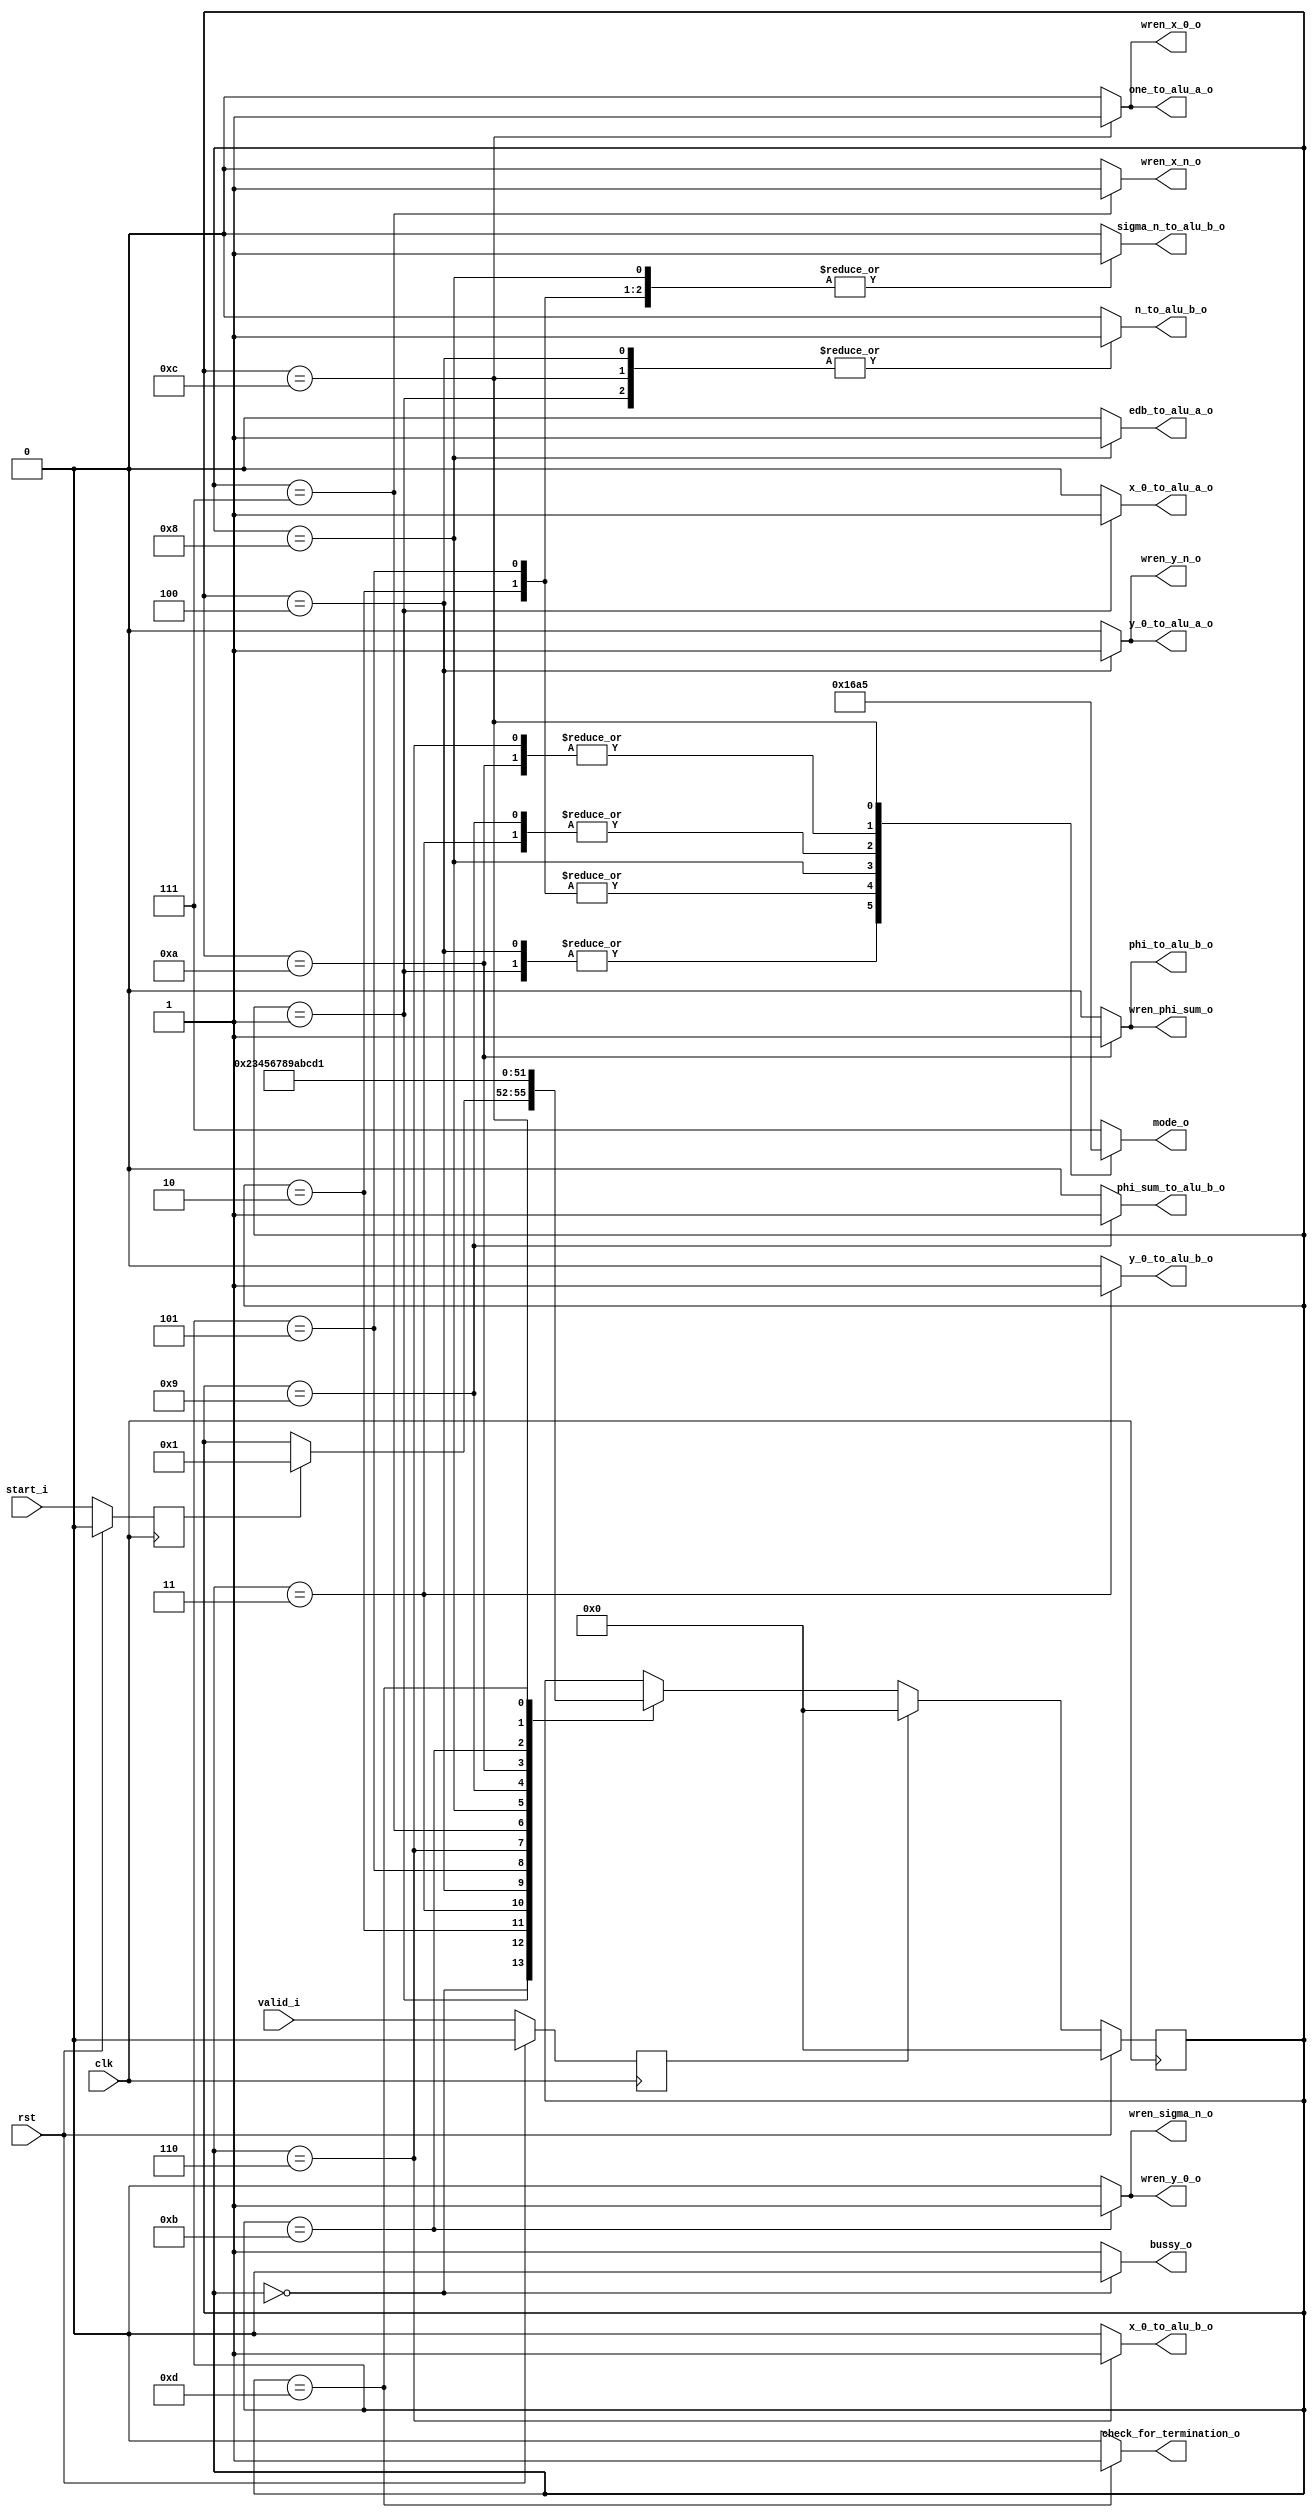
module cordic_controller(
	clk,
	rst,
	start_i,
	valid_i,
	
	bussy_o,
	mode_o,
	check_for_termination_o,
	//// write Back flags
	wren_y_n_o,
	wren_x_n_o,
	wren_phi_sum_o,
	wren_sigma_n_o,
	wren_x_0_o,
	wren_y_0_o,
	
	// Register transfer
	x_0_to_alu_a_o,
	x_0_to_alu_b_o,
	n_to_alu_b_o,
	sigma_n_to_alu_b_o,
	y_0_to_alu_a_o,
	y_0_to_alu_b_o,
	edb_to_alu_a_o,
	phi_sum_to_alu_b_o,
	phi_to_alu_b_o,
	one_to_alu_a_o
);

localparam SHIFT_A_WITH_B 		= 3'd0;
localparam SIGN_MULT_C_WITH_B 	= 3'd1;
localparam ADD_B_WITH_C 		= 3'd2;
localparam SIGN_MULT_A_WITH_B	= 3'd3;
localparam SUB_B_WITH_C 	 	= 3'd4;
localparam ADD_A_WITH_B 		= 3'd5;
localparam ALU_IDLE 			= 3'd7;

localparam IDLE 				= 4'd0;	
localparam SHIFT1 				= 4'd1;
localparam SIGN1 				= 4'd2;
localparam ADD1 				= 4'd3;
localparam SHIFT2 				= 4'd4;
localparam SIGN2 				= 4'd5;
localparam SUB1 				= 4'd6;
localparam LUT 					= 4'd7;
localparam SIGN3 				= 4'd8;
localparam ADD2 				= 4'd9;
localparam SUB2 				= 4'd10;
localparam SIGN4 				= 4'd11;
localparam ADD3 				= 4'd12;
localparam ENDIT 				= 4'd13;



input 					clk, rst;
input 					start_i, valid_i;
output 	reg				bussy_o;
output 	reg		[2:0]	mode_o;

// Register Transfer zu Zurckschreiben von Ergebnissen in Register
output 	reg				wren_y_n_o, wren_x_n_o, wren_phi_sum_o, wren_sigma_n_o, wren_x_0_o, wren_y_0_o;

// Register Transfer auf die ALU Datenbusse
output 	reg				x_0_to_alu_a_o, x_0_to_alu_b_o, n_to_alu_b_o, sigma_n_to_alu_b_o, y_0_to_alu_a_o, y_0_to_alu_b_o, edb_to_alu_a_o, phi_sum_to_alu_b_o, phi_to_alu_b_o, one_to_alu_a_o;
output reg					check_for_termination_o;

// Variablenregister
reg 				start_r, valid_r;
reg [3:0] 			current_state, next_state;


always @ (posedge clk) begin
	if(rst) begin
		valid_r			<= 'd0;
		start_r			<= 'd0;
		current_state 	<= IDLE;
	end
	else begin
		valid_r			<= valid_i;
		start_r			<= start_i;
		current_state 	<= next_state;
	end
end

always @ (*) begin
	bussy_o 					= 1'b1;
	mode_o 						= ALU_IDLE;
	next_state 					= current_state;
	check_for_termination_o 	= 1'b0;
	/// Register write enable
	wren_y_n_o					= 1'b0;
	wren_x_n_o					= 1'b0;
	wren_phi_sum_o				= 1'b0;
	wren_sigma_n_o				= 1'b0;
	wren_x_0_o					= 1'b0;
	wren_y_0_o					= 1'b0;
	
	// Register transfer
	x_0_to_alu_a_o				= 1'b0;
	x_0_to_alu_b_o				= 1'b0;
	n_to_alu_b_o				= 1'b0;
	sigma_n_to_alu_b_o			= 1'b0;
	y_0_to_alu_a_o				= 1'b0;
	y_0_to_alu_b_o				= 1'b0;
	edb_to_alu_a_o				= 1'b0;
	phi_sum_to_alu_b_o			= 1'b0;
	phi_to_alu_b_o				= 1'b0;
	one_to_alu_a_o				= 1'b0;
	
	case(current_state)
		IDLE: begin
			bussy_o = 1'd0;
			if(start_r == 1'b1) begin
				next_state = SHIFT1;
			end
		end
		
		SHIFT1: begin
			x_0_to_alu_a_o		= 1'b1;
			n_to_alu_b_o 		= 1'b1;
			next_state 			= SIGN1;
			mode_o 				= SHIFT_A_WITH_B;
		end
		
		SIGN1: begin
			next_state 			= ADD1;
			sigma_n_to_alu_b_o	= 1'b1;
			mode_o 				= SIGN_MULT_C_WITH_B;
		end
		
		ADD1: begin
			next_state 			= SHIFT2;
			y_0_to_alu_b_o		= 1'b1;
			mode_o 				= ADD_B_WITH_C;
		end
		
		SHIFT2: begin
			next_state 			= SIGN2;
			y_0_to_alu_a_o 		= 1'b1;
			n_to_alu_b_o 		= 1'b1;
			mode_o 				= SHIFT_A_WITH_B;
			wren_y_n_o 			= 1'b1;
		end
		
		SIGN2: begin
			next_state 			= SUB1;
			sigma_n_to_alu_b_o 	= 1'b1;
			mode_o				= SIGN_MULT_C_WITH_B;
		end
		
		SUB1: begin
			next_state 			= LUT;
			x_0_to_alu_b_o 		= 1'b1;
			mode_o 				= SUB_B_WITH_C;
		end
		
		LUT: begin
			next_state 			= SIGN3;
			wren_x_n_o 			= 1'b1;	
		end
		
		SIGN3: begin
			next_state 			= ADD2;
			edb_to_alu_a_o 		= 1'b1;
			sigma_n_to_alu_b_o 	= 1'b1;
			mode_o 				= SIGN_MULT_A_WITH_B;
		end
		
		ADD2: begin
			next_state 			= SUB2;
			phi_sum_to_alu_b_o 	= 1'b1;
			mode_o 				= ADD_B_WITH_C;
		end
		
		SUB2: begin
			next_state 			= SIGN4;
			wren_phi_sum_o 		= 1'b1;
			phi_to_alu_b_o 		= 1'b1;
			mode_o 				= SUB_B_WITH_C;
		end
		
		SIGN4: begin
			next_state 			= ADD3;
			wren_sigma_n_o 		= 1'b1;
			wren_y_0_o 			= 1'b1;
		end
		
		ADD3: begin
			next_state 			= ENDIT;
			one_to_alu_a_o 		= 1'b1;
			n_to_alu_b_o 		= 1'b1;
			mode_o 				= ADD_A_WITH_B;
			wren_x_0_o 			= 1'b1;
		end
		
		ENDIT: begin
			next_state 				= SHIFT1;
			check_for_termination_o = 1'b1;
		end

			
	endcase
	
	if(valid_r == 1'b1) begin
		next_state = IDLE;
	end
	
end
	

	
endmodule